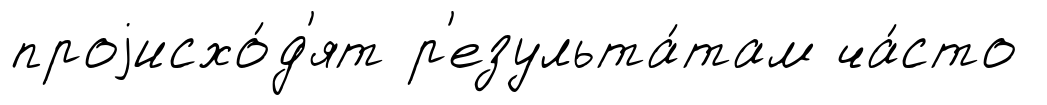
проjисхо́д'ят р'езульта́там ча́сто